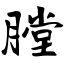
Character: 膛